画像に写った文字を読んでください
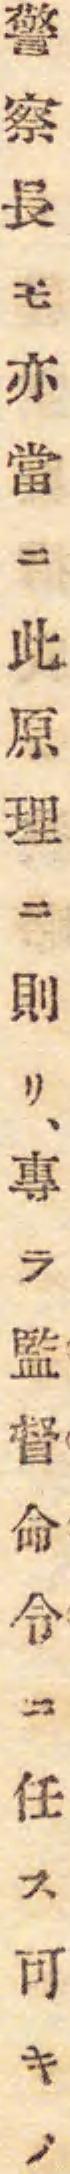
「警察長モ亦當ニ此原理ニ則リ、專ラ監督命令ニ任ス可キノ」と書いてあります